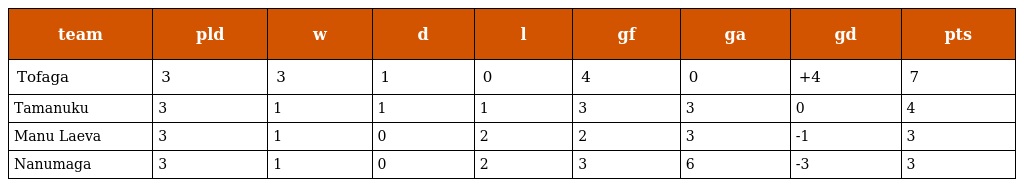
| team | pld | w | d | l | gf | ga | gd | pts |
 | --- | --- | --- | --- | --- | --- | --- | --- | --- |
 | Tofaga | 3 | 3 | 1 | 0 | 4 | 0 | +4 | 7 |
 | Tamanuku | 3 | 1 | 1 | 1 | 3 | 3 | 0 | 4 |
 | Manu Laeva | 3 | 1 | 0 | 2 | 2 | 3 | -1 | 3 |
 | Nanumaga | 3 | 1 | 0 | 2 | 3 | 6 | -3 | 3 |